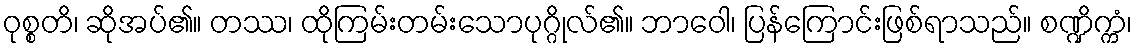
ဝုစ္စတိ၊ ဆိုအပ်၏။ တဿ၊ ထိုကြမ်းတမ်းသောပုဂ္ဂိုလ်၏။ ဘာဝေါ၊ ပြန်ကြောင်းဖြစ်ရာသည်။ စဏ္ဍိက္ကံ၊